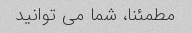
مطمئنا، شما می توانید